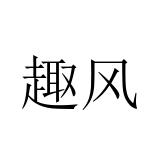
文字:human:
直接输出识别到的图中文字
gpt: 趣风